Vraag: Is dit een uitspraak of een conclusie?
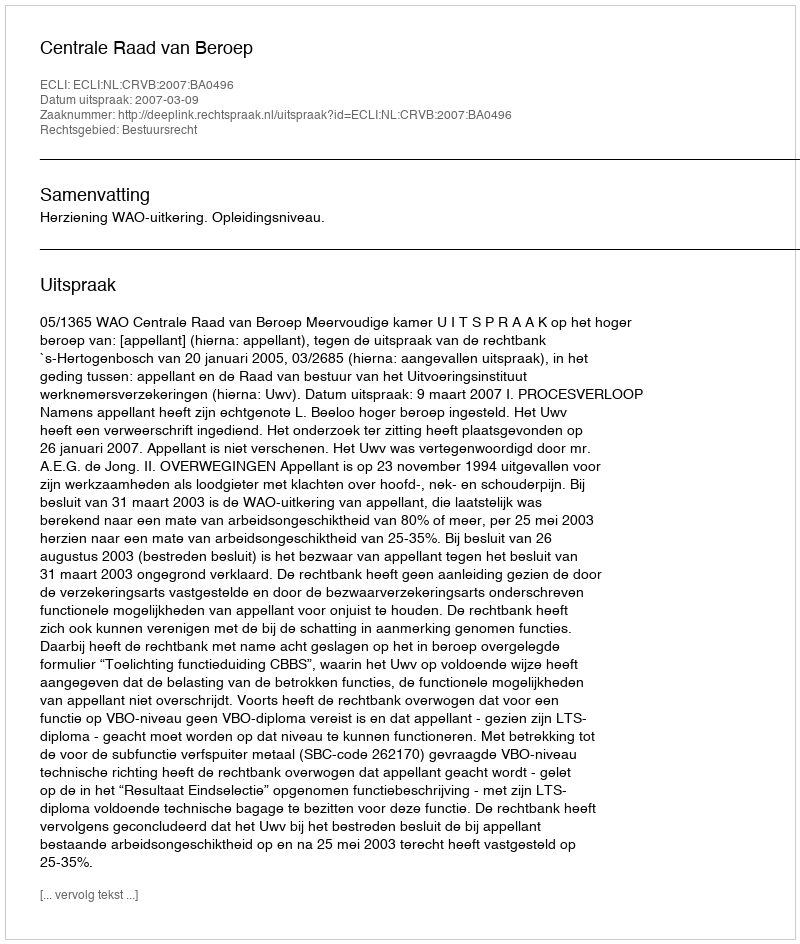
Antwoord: Uitspraak